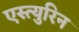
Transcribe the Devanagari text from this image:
एस्त्युरिन